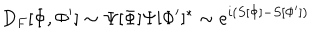
LaTeX: D _ { F } [ \Phi , \Phi ^ { \prime } ] \sim \Psi [ \Phi ] \Psi [ \Phi ^ { \prime } ] ^ { * } \sim e ^ { i ( S [ \Phi ] - S [ \Phi ^ { \prime } ] ) }